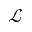
\mathcal { L }